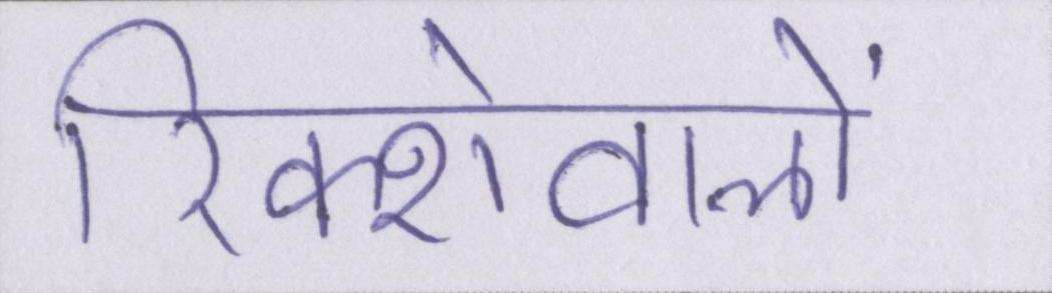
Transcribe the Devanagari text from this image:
रिक्शेवालों